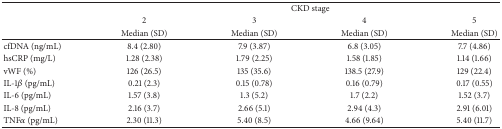
<table><thead><tr><td><b> </b></td><td colspan="4"><b>CKD stage</b></td></tr><tr><td><b> </b></td><td><b>2 </b></td><td><b>3 </b></td><td><b>4 </b></td><td><b>5 </b></td></tr><tr><td><b> </b></td><td><b>Median (SD)</b></td><td><b>Median (SD)</b></td><td><b>Median (SD)</b></td><td><b>Median (SD)</b></td></tr></thead><tbody><tr><td>cfDNA (ng/mL) </td><td>8.4 (2.80)</td><td>7.9 (3.87)</td><td>6.8 (3.05)</td><td>7.7 (4.86)</td></tr><tr><td>hsCRP (mg/L)</td><td>1.28 (2.38)</td><td>1.79 (2.25)</td><td>1.58 (1.85)</td><td>1.14 (1.66)</td></tr><tr><td>vWF (%)</td><td>126 (26.5)</td><td>135 (35.6)</td><td>138.5 (27.9)</td><td>129 (22.4)</td></tr><tr><td>IL-1<i>β</i> (pg/mL)</td><td>0.21 (2.3)</td><td>0.15 (0.78)</td><td>0.16 (0.79)</td><td>0.17 (0.55)</td></tr><tr><td>IL-6 (pg/mL)</td><td>1.57 (3.8)</td><td>1.3 (5.2)</td><td>1.7 (2.2)</td><td>1.52 (3.7)</td></tr><tr><td>IL-8 (pg/mL)</td><td>2.16 (3.7)</td><td>2.66 (5.1)</td><td>2.94 (4.3)</td><td>2.91 (6.01)</td></tr><tr><td>TNF<i>α</i> (pg/mL)</td><td>2.30 (11.3)</td><td>5.40 (8.5)</td><td>4.66 (9.64)</td><td>5.40 (11.7)</td></tr></tbody></table>